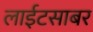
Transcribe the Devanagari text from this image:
लाईटसाबर